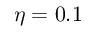
\eta = 0 . 1